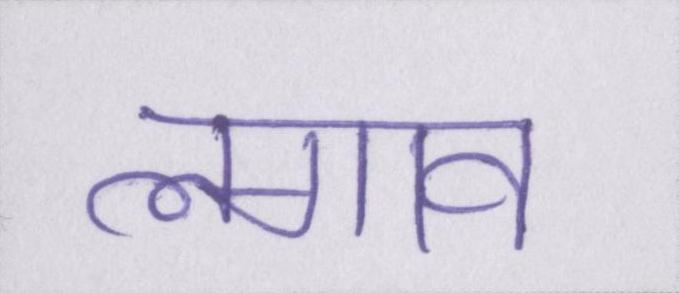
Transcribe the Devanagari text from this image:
लगाव